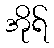
အိုရ်